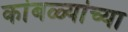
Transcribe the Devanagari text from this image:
कांबळ्यांच्या